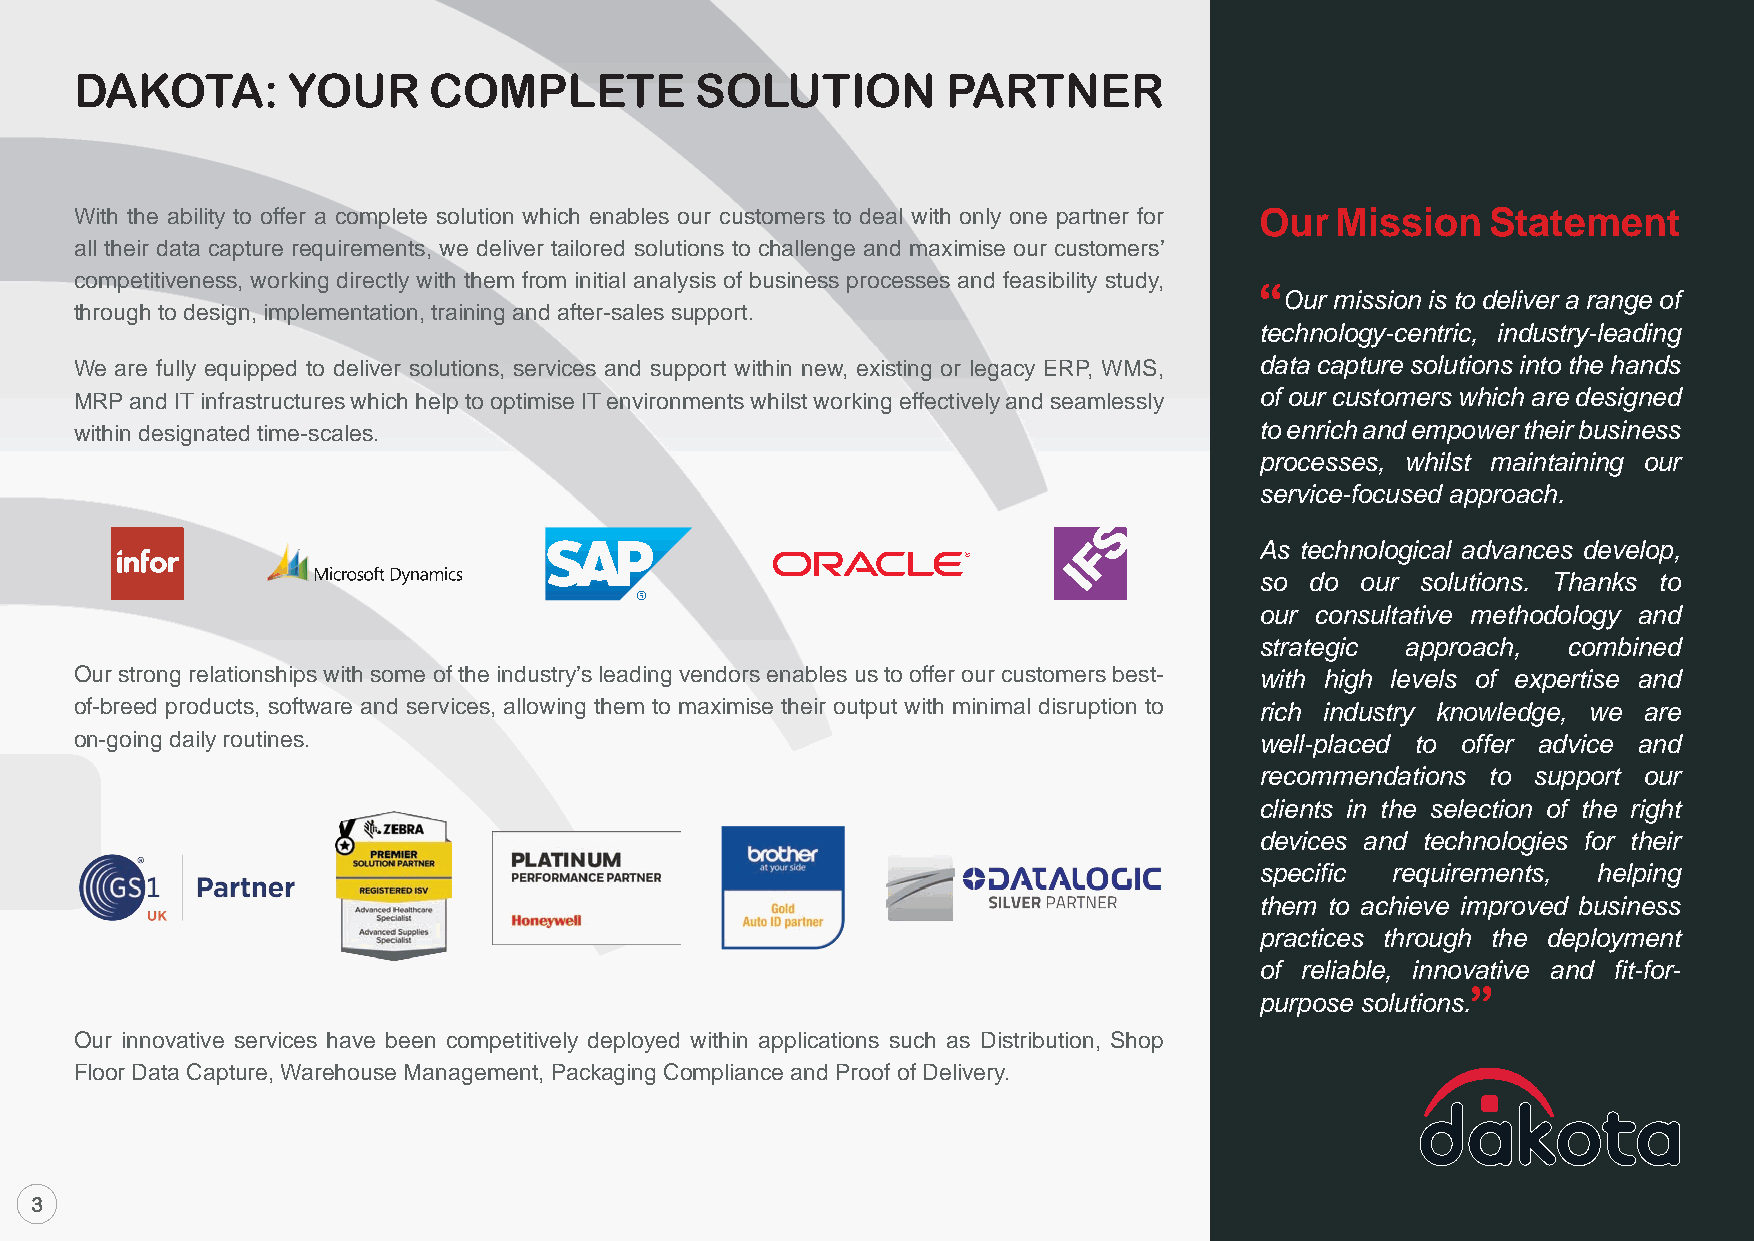
DAKOTA:       YOUR     COMPLETE          SOLUTION         PARTNER
 With the ability to offer a complete solution which enables our customers to deal with only one partner for Our Mission Statement
 all their data capture requirements, we deliver tailored solutions to challenge and maximise our customers’
 competitiveness, working directly with them from initial analysis of business processes and feasibility study,
 “
 Our mission is to deliver a range of
 through to design, implementation, training and after-sales support.
 technology-centric, industry-leading
 We are fully equipped to deliver solutions, services and support within new, existing or legacy ERP, WMS, data capture solutions into the hands
 MRP and IT infrastructures which help to optimise IT environments whilst working effectively and seamlessly of our customers which are designed
 within designated time-scales.                                                to enrich and empower their business
 processes, whilst maintaining our
 service-focused approach.
 As technological advances develop,
 so  do our solutions. Thanks to
 our consultative methodology and
 strategic approach,  combined
 Our strong relationships with some of the industry’s leading vendors enables us to offer our customers best- with high levels of expertise and
 of-breed products, software and services, allowing them to maximise their output with minimal disruption to rich industry knowledge, we are
 on-going daily routines.                                                      well-placed to offer advice and
 recommendations to support our
 clients in the selection of the right
 devices and technologies for their
 specific requirements, helping
 them to achieve improved business
 practices through the deployment
 of reliable, innovative and fit-for-
 ”
 purpose solutions.
 Our innovative services have been competitively deployed within applications such as Distribution, Shop
 Floor Data Capture, Warehouse Management, Packaging Compliance and Proof of Delivery.
 3